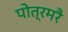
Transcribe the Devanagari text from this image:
पोत्रमरै